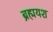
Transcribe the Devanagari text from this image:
ब्रह्मयश